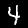
Digit: 4